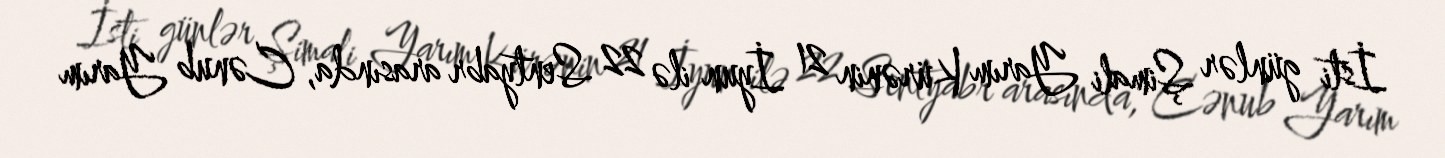
İsti günlər Şimali Yarım Kürənin 21 İyun ilə 22 Sentyabr arasında, Cənub Yarım